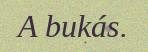
A bukás.